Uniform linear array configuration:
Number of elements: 16
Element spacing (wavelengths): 0.5
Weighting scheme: exponential
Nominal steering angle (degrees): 60
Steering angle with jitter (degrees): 60.575
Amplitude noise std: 0.05
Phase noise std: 0.05

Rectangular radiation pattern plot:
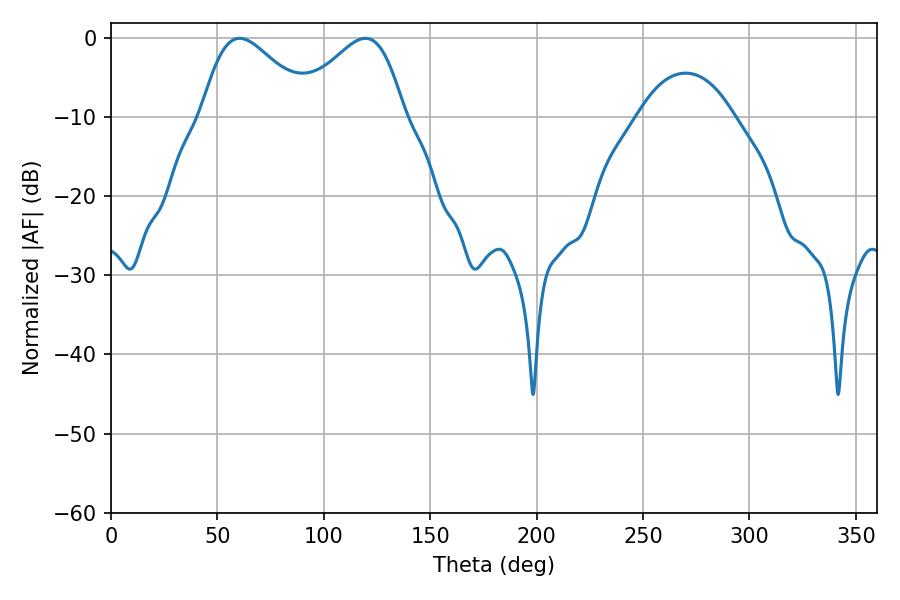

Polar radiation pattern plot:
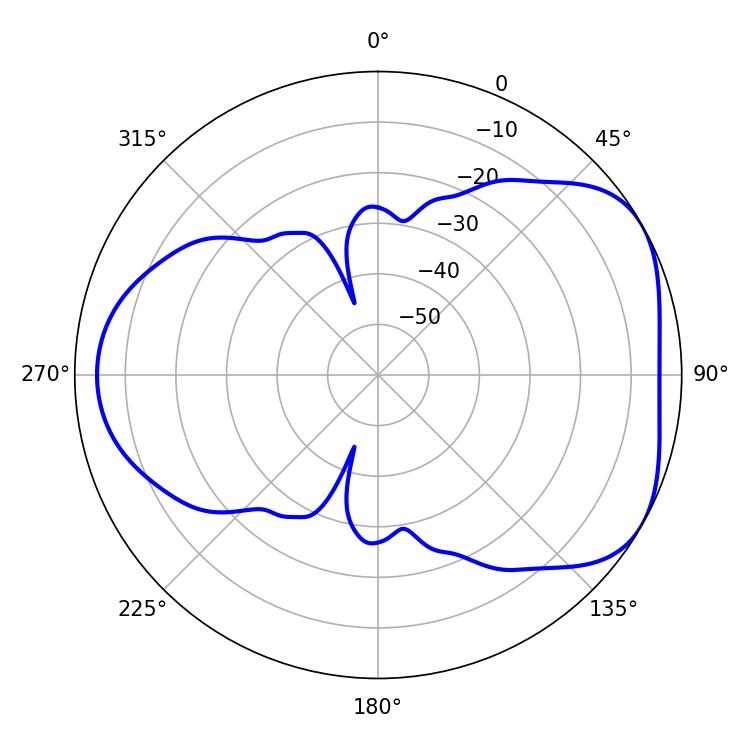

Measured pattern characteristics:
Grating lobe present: FALSE
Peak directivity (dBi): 4.604
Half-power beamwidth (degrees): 27.54
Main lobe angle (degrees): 60.48